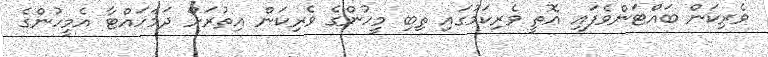
ވެރިކަން ބައްޓަންވެފައި އޮތީ ވެރިކަމުގައި ތިބި މީހުންގެ ވެރިކަން އިތުރަށް ދަމަހައްޓާ އެމީހުންގެ